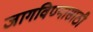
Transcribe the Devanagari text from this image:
जागविण्यासाठी